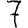
Digit: 7